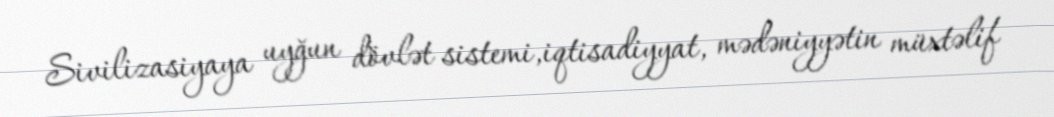
Sivilizasiyaya uyğun dövlət sistemi,iqtisadiyyat, mədəniyyətin müxtəlif